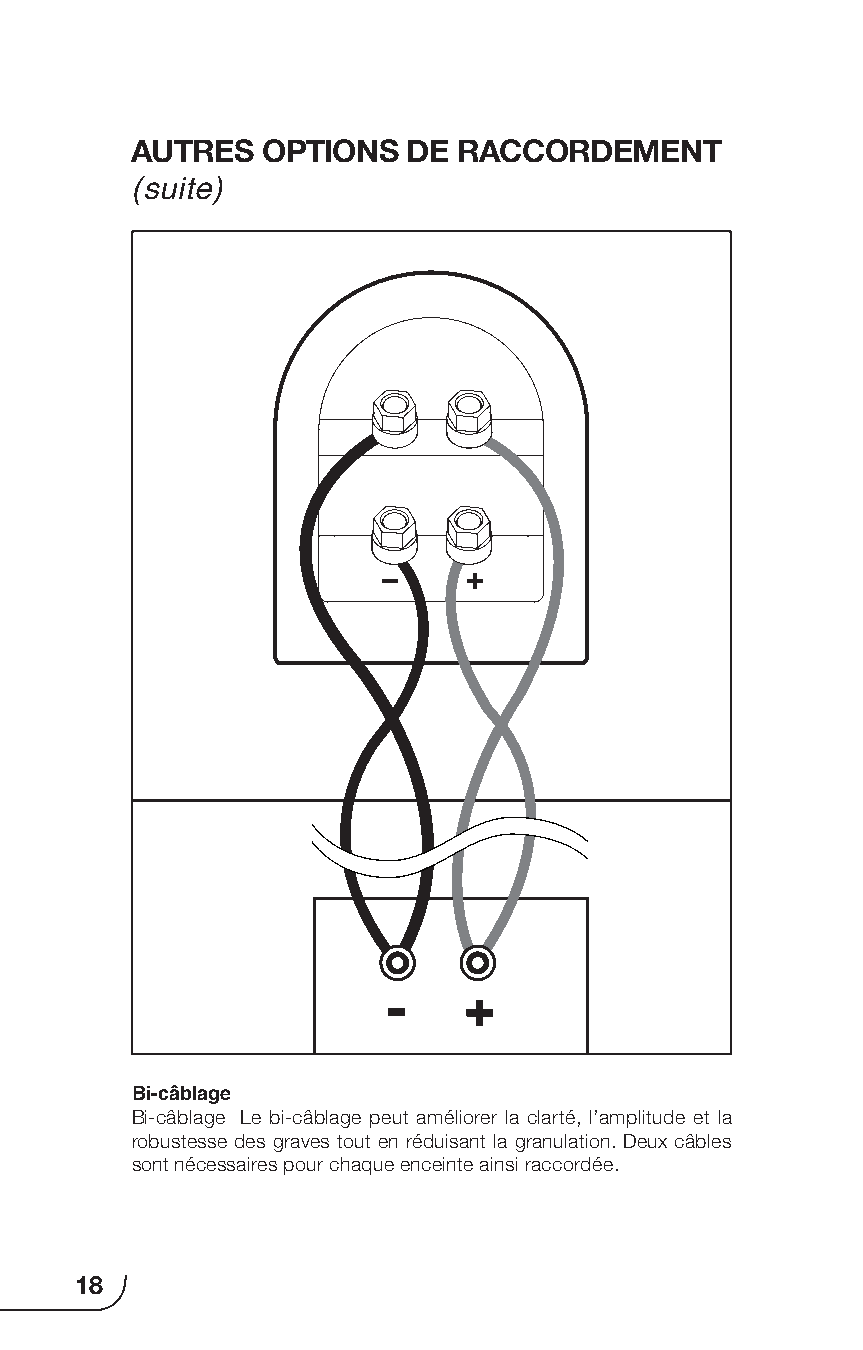
AUTRES  OPTIONS   DE RACCORDEMENT
 (suite)
 -    +
 Bi-câblage
 Bi-câblage Le bi-câblage peut améliorer la clarté, l’amplitude et la
 robustesse des graves tout en réduisant la granulation. Deux câbles
 sont nécessaires pour chaque enceinte ainsi raccordée.
 18